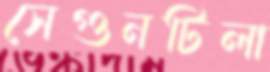
সেগুনটিলা